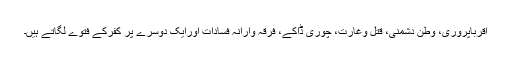
اقرباپروری، وطن دشمنی، قتل وغارت، چوری ڈاکے، فرقہ وارانہ فسادات اورایک دوسرے پر کفرکے فتوے لگاتے ہیں۔